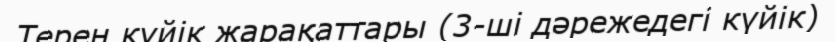
Терең күйік жарақаттары (3-ші дәрежедегі күйік)